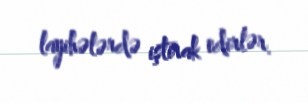
layihələrdə iştirak edirlər.